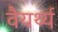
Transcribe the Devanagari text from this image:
वैयर्थ्य